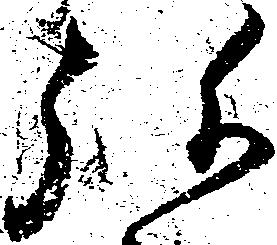
弥